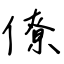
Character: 僚